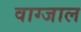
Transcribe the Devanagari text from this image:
वाग्जाल